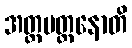
အတ္ထမတ္တနောတိ